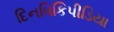
દિનવિકિપીડિયા